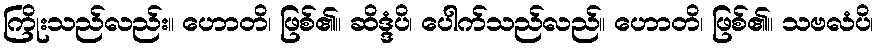
ကြိုးသည်လည်း။ ဟောတိ၊ ဖြစ်၏။ ဆိဒ္ဒံပိ၊ ပေါက်သည်လည်။ ဟောတိ၊ ဖြစ်၏။ သဗလံပိ၊